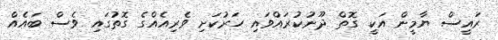
ރައީސް ޔާމީން އަކީ ގޮތް ދޫނުކުރައްވައި ހަރުކަށި ވެރިއެއްގެ ގޮތުގައި ވެސް ބައެއް